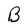
Character: B